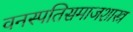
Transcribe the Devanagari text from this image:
वनस्पतिसमाजशास्त्र